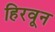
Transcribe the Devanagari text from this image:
हिरवून